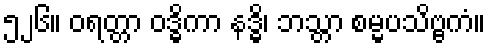
၅၂၆။ ဝရတ္တာ ဝဒ္ဓိကာ နဒ္ဓိ၊ ဘသ္တာ စမ္မပသိဗ္ဗကံ။